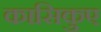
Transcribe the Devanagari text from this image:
कासिकुए